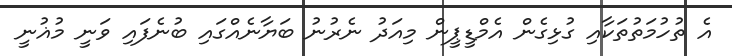
އެ ތުހުމަތުތަކާއި ގުޅިގެން އެމްޑީޕީން މިއަދު ނެރުނު ބަޔާނެއްގައި ބުނެފައި ވަނީ މުޣުނީ